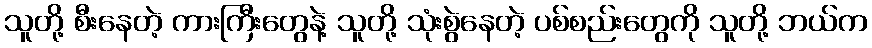
သူတို့ စီးနေတဲ့ ကားကြီးတွေနဲ့ သူတို့ သုံးစွဲနေတဲ့ ပစ်စည်းတွေကို သူတို့ ဘယ်က